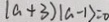
\vert a + 3 ) \vert a - 1 \vert = 0